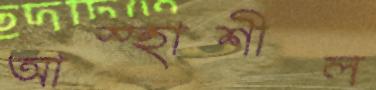
আস্হাশীল